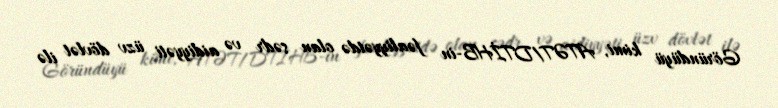
Göründüyü kimi, ATƏT/DTİHB-in fəaliyyətdə olan sədr və aidiyyəti üzv dövlət ilə